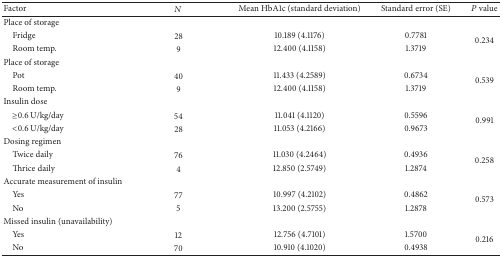
<table><thead><tr><td><b>Factor</b></td><td><b><i>N</i></b></td><td><b>Mean HbA1c (standard deviation)</b></td><td><b>Standard error (SE)</b></td><td><b><i>P</i> value</b></td></tr></thead><tbody><tr><td>Place of storage</td><td> </td><td> </td><td> </td><td> </td></tr><tr><td> Fridge</td><td>28</td><td>10.189 (4.1176)</td><td>0.7781</td><td rowspan="2">0.234</td></tr><tr><td> Room temp.</td><td>9</td><td>12.400 (4.1158)</td><td>1.3719</td></tr><tr><td>Place of storage</td><td> </td><td> </td><td> </td><td> </td></tr><tr><td> Pot</td><td>40</td><td>11.433 (4.2589)</td><td>0.6734</td><td rowspan="2">0.539</td></tr><tr><td> Room temp.</td><td>9</td><td>12.400 (4.1158)</td><td>1.3719</td></tr><tr><td>Insulin dose</td><td> </td><td> </td><td> </td><td> </td></tr><tr><td> ≥0.6 U/kg/day</td><td>54</td><td>11.041 (4.1120)</td><td>0.5596</td><td rowspan="2">0.991</td></tr><tr><td> &lt;0.6 U/kg/day</td><td>28</td><td>11.053 (4.2166)</td><td>0.9673</td></tr><tr><td>Dosing regimen</td><td> </td><td> </td><td> </td><td> </td></tr><tr><td> Twice daily</td><td>76</td><td>11.030 (4.2464)</td><td>0.4936</td><td rowspan="2">0.258</td></tr><tr><td> Thrice daily</td><td>4</td><td>12.850 (2.5749)</td><td>1.2874</td></tr><tr><td>Accurate measurement of insulin</td><td> </td><td> </td><td> </td><td> </td></tr><tr><td> Yes</td><td>77</td><td>10.997 (4.2102)</td><td>0.4862</td><td rowspan="2">0.573</td></tr><tr><td> No</td><td>5</td><td>13.200 (2.5755)</td><td>1.2878</td></tr><tr><td>Missed insulin (unavailability)</td><td> </td><td> </td><td> </td><td> </td></tr><tr><td> Yes</td><td>12</td><td>12.756 (4.7101)</td><td>1.5700</td><td rowspan="2">0.216</td></tr><tr><td> No</td><td>70</td><td>10.910 (4.1020)</td><td>0.4938</td></tr></tbody></table>